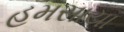
હમસાયા